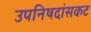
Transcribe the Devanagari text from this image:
उपनिषदांसकट